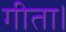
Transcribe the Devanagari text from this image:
गीता।